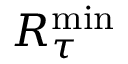
R _ { \tau } ^ { \mathrm { m i n } }